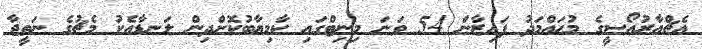
އެޗްއާރުއޯސީގެ މުޙައްމަދު ފައިޒާން 54 ވަނަ މިނިޓްގައި ކާމިޔާބުކޮށްދިން ލަނޑާއެކު މެޗުގެ ނަތީޖާ